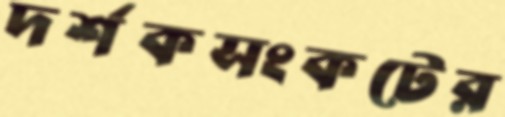
দর্শকসংকটের